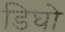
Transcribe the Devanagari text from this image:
डिघो